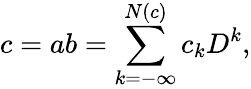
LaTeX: c=ab=\sum_{k=-\infty}^{N(c)}c_{k}D^{k},